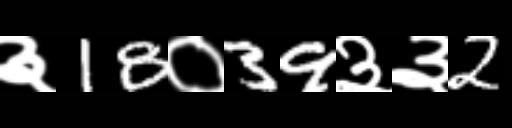
Text: ३18०39३३2